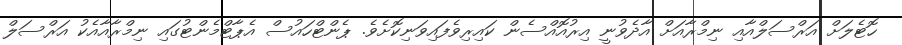
ހޮޓެލަށް އަރްސަލްއާއި ނިމްރާއަށް އާދެވުނީ އިރުއޮއްސެން ކައިރިވެފައިވަނިކޮށެވެ. ޕެންޓްހައުސް އެޕާޓްމެންޓުގައި ނިމްރާއާއެކު އަރްސަލް